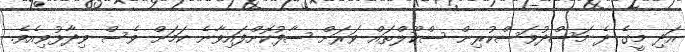
އަދި މީގެ ދެ މަސްދުވަސްކުރިން ސްކޫލްތައް ވަރަށް ސާފުކޮށްފައިވާނެ ކަމަށް ވެސް ވިދާޅުވިއެވެ.